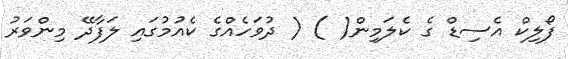
ފޯލިކް އެސިޑް ގެ ކެލަމިން( ) ( ދުވަހެއްގެ ކެއުމުގައި ލަފާދޭ މިންވަރު